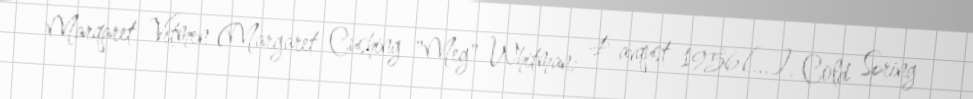
Marqaret Vitmen (Margaret Cushing "Meg" Whitman; 4 avqust 1956[…], Cold Spring